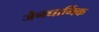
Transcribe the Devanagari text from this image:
जैनधार्मिक